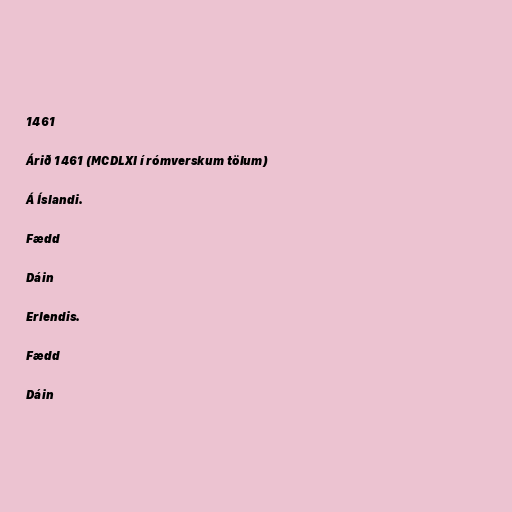
1461

Árið 1461 (MCDLXI í rómverskum tölum)

Á Íslandi.

Fædd

Dáin

Erlendis.

Fædd

Dáin